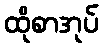
ထိုစာအုပ်